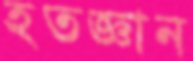
হতজ্ঞান